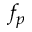
f _ { p }